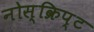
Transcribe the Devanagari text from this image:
नोस्क्रिप्ट